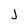
Character: j